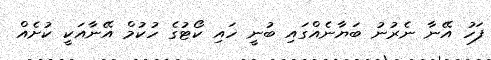
ފަހު އޭނާ ނެރުނު ބަޔާނެއްގައި ބުނީ ހައި ކޯޓުގެ ހުކުމް އޭނާއަކީ ކުށެއް